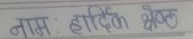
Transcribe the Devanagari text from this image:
नाम : हार्दिक श्रेष्ठ